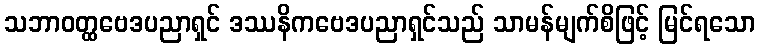
သဘာဝတ္ထဗေဒပညာရှင် ဒဿနိကဗေဒပညာရှင်သည် သာမန်မျက်စိဖြင့် မြင်ရသော